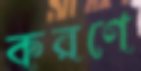
করণে